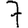
Digit: 7